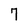
Character: 7